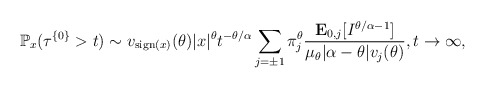
\begin{align*} \mathbb{P}_x(\tau^{\{0\}}>t) \sim v_{{\rm sign}(x)}(\theta) |x|^{\theta}t^{-\theta/\alpha}\sum_{j=\pm1}\pi^\theta_{j}\frac{\mathbf{E}_{0,j}[I^{\theta/\alpha-1}]}{\mu_{\theta}|\alpha-\theta|v_j(\theta)}, t\to\infty,\end{align*}